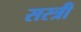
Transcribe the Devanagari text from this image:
सस्त्री